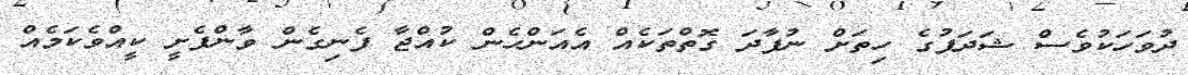
ދުވަހަކުވެސް ޝަދަފުގެ ހިތަށް ނުފާދަ ގޮތްތަކެއް އެއަންހެން ކުއްޖާ ފެނިގެން ވާންފެށީ ކީއްވެކަމެއް